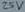
Text: 25V